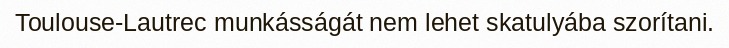
Toulouse-Lautrec munkásságát nem lehet skatulyába szorítani.